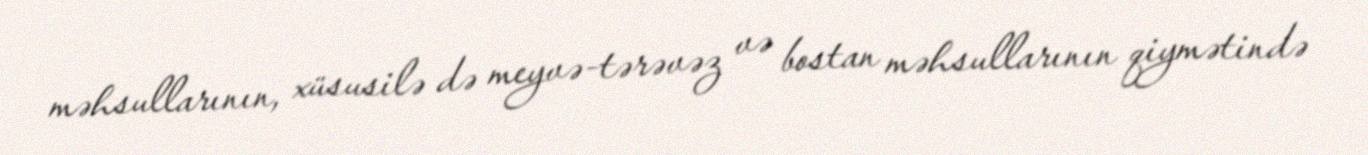
məhsullarının, xüsusilə də meyvə-tərəvəz və bostan məhsullarının qiymətində